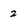
Character: 2